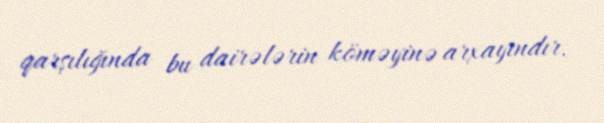
qarşılığında bu dairələrin köməyinə arxayındır.